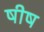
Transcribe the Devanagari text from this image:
षीष